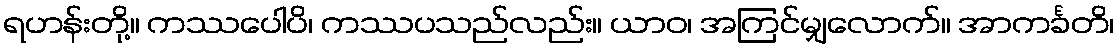
ရဟန်းတို့။ ကဿပေါပိ၊ ကဿပသည်လည်း။ ယာဝ၊ အကြင်မျှလောက်။ အာကင်္ခတိ၊